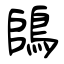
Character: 鴭